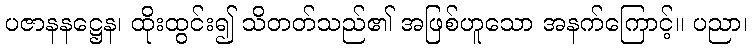
ပဇာနနဋ္ဌေန၊ ထိုးထွင်း၍ သိတတ်သည်၏ အဖြစ်ဟူသော အနက်ကြောင့်။ ပညာ၊